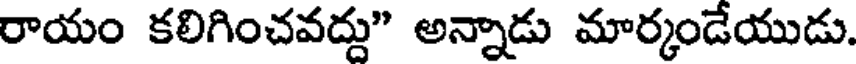
రాయం కలిగించవద్దు" అన్నాడు మార్కండేయుడు.